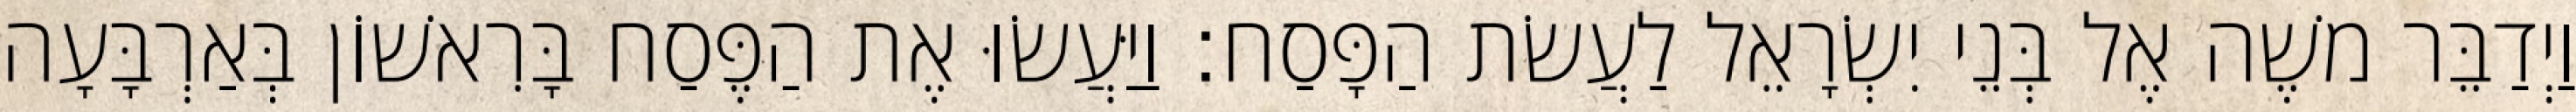
וַיְדַבֵּר משֶׁה אֶל בְּנֵי יִשְׂרָאֵל לַעֲשׂת הַפָּסַח׃ וַיַּעֲשׂוּ אֶת הַפֶּסַח בָּרִאשׁוֹן בְּאַרְבָּעָה